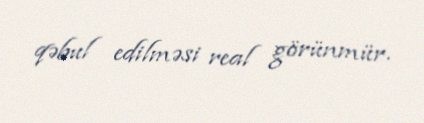
qəbul edilməsi real görünmür.